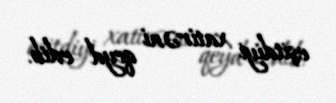
eşitdiyi xatirəni qeyd edib.